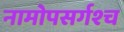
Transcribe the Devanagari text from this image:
नामोपसर्गश्च